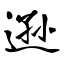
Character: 逊